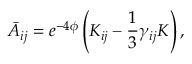
\bar { A } _ { i j } = e ^ { - 4 \phi } \left( K _ { i j } - \frac { 1 } { 3 } \gamma _ { i j } K \right) ,